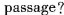
passage?